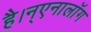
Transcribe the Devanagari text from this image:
है।न्एनालॉग